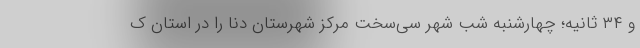
و ۳۴ ثانیه؛ چهارشنبه شب شهر سی‌سخت مرکز شهرستان دنا را در استان ک